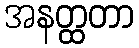
အနတ္ထတာ